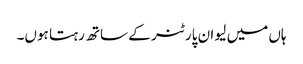
ہاں میں لیو ان پارٹنر کے ساتھ رہتا ہوں۔